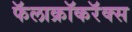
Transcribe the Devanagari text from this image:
फॅलाक्रॉकरॅक्स